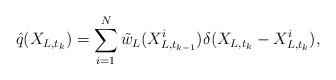
LaTeX: \begin{align*}\hat{q}(X_{L,t_{k}})=\sum^{N}_{i=1}\tilde{w}_L(X^i_{L,t_{k-1}})\delta(X_{L,t_{k}}-X_{L,t_k}^{i}),\end{align*}